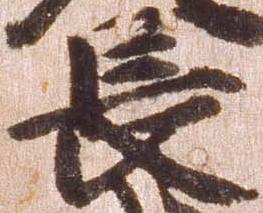
長